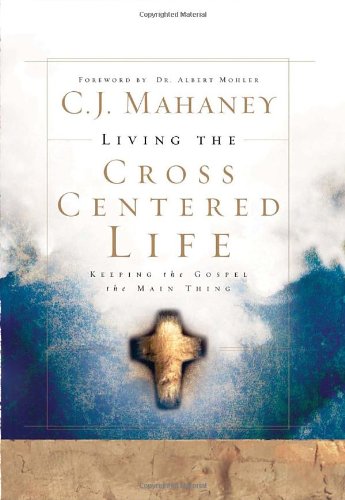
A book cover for Living the Cross Centered Life: Keeping the Gospel the Main Thing; C.J. Mahaney; Christian Books & Bibles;